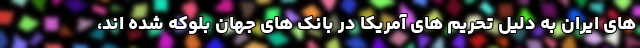
های ایران به دلیل تحریم های آمریکا در بانک های جهان بلوکه شده اند،